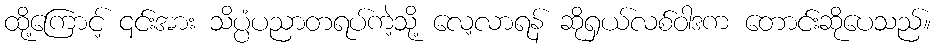
ထို့ကြောင့် ၎င်းအား သိပ္ပံပညာတရပ်ကဲ့သို့ လေ့လာရန် ဆိုရှယ်လစ်ဝါဒက တောင်းဆိုပေသည်။